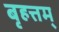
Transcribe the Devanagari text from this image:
बृहत्तम्